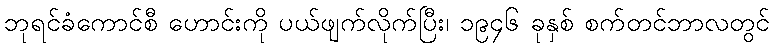
ဘုရင်ခံကောင်စီ ဟောင်းကို ပယ်ဖျက်လိုက်ပြီး၊ ၁၉၄၆ ခုနှစ် စက်တင်ဘာလတွင်